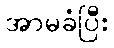
အာမခံပြီး